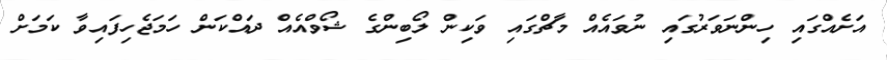
އަށެއްގައި ހިންނަވަރުގައި ނުވައެއް މާޗްގައި ވަކިން ލޯބިންގެ ޝޯވްއެއް ދައްކަން ހަމަޖެހިފައިވާ ކަމަށް